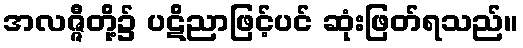
အလဇ္ဇီတို့၌ ပဋိညာဖြင့်ပင် ဆုံးဖြတ်ရသည်။